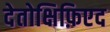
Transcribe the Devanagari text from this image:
देतोक्षिफ़िएद